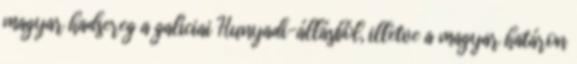
magyar hadsereg a galíciai Hunyadi-állásból, illetve a magyar határon